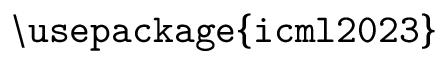
\mathtt { \backslash u s e p a c k a g e \{ i c m l 2 0 2 3 \} }